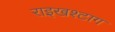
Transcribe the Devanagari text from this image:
राइखश्टाग